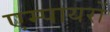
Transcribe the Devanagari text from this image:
एम्पायरों